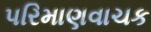
પરિમાણવાચક